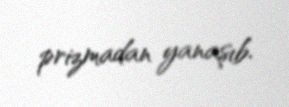
prizmadan yanaşıb.